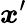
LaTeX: {\boldsymbol{x}}^{\prime}